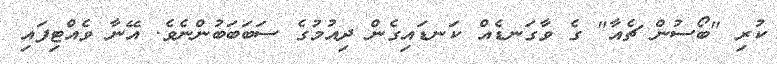
ކުރި "ބޯސުން ޗެއާ" ގެ ވާގަނޑެއް ކަނޑައިގެން ދިއުމުގެ ސަބަބަބުންނެވެ. އޭނާ ވެއްޓިފައި